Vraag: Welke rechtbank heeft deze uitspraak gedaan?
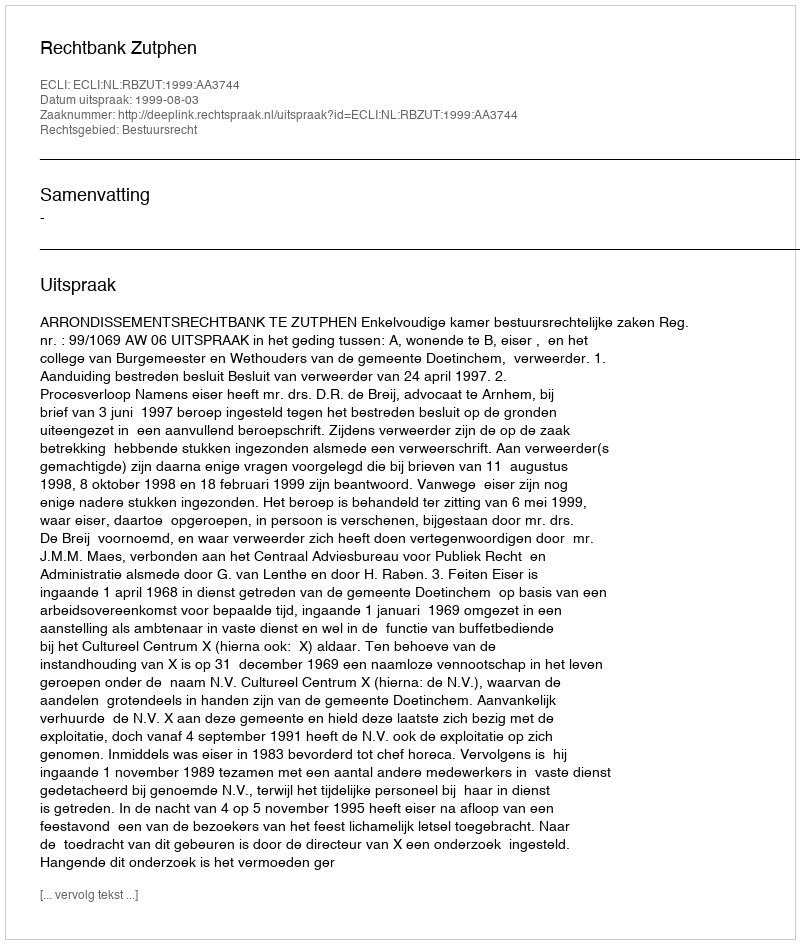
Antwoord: Rechtbank Zutphen